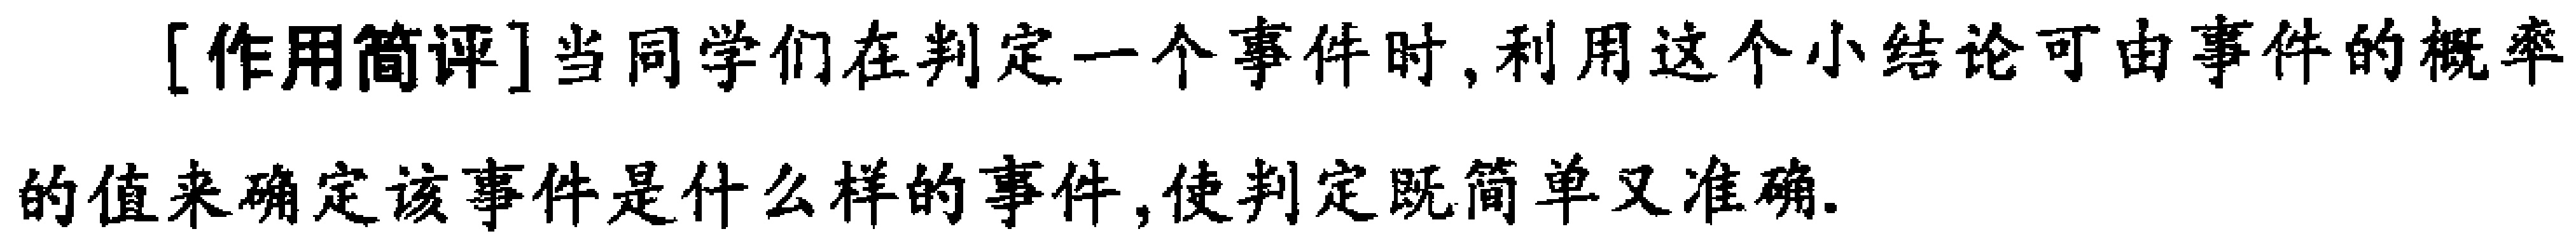
[作用简评]当同学们在判定一个事件时,利用这个小结论可由事件的概率的值来确定该事件是什么样的事件,使判定既简单又准确.